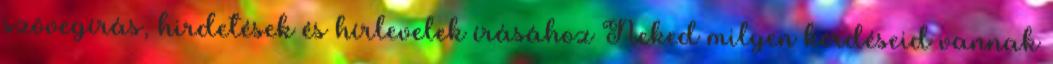
szövegírás, hirdetések és hírlevelek írásához Neked milyen kérdéseid vannak